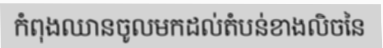
កំពុងឈានចូលមកដល់តំបន់ខាងលិចនៃ